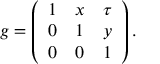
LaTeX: g = \left( \begin{array} { l l l } { { 1 } } & { { x } } & { { \tau } } \\ { { 0 } } & { { 1 } } & { { y } } \\ { { 0 } } & { { 0 } } & { { 1 } } \end{array} \right) .